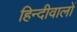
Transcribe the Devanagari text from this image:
हिन्दीवालों